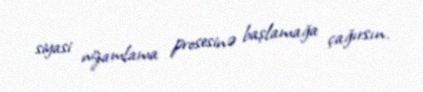
siyasi nizamlama prosesinə başlamağa çağırsın.